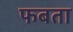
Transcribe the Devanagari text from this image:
फबता